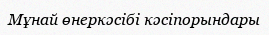
Мұнай өнеркәсібі кәсіпорындары